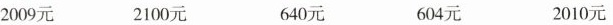
2009元 2100元 640元 604元 2010元